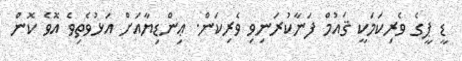
ޑީ ޕީގެ ވެރިކަމަކީ ޤައުމް ފަނާކުރަނިވި ވެރިކަން. ޢިންޑިޔާއަށް އަޅުވެތިވެ އޮވެ ކޮން